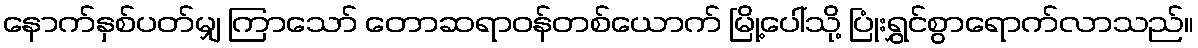
နောက်နှစ်ပတ်မျှ ကြာသော် တောဆရာဝန်တစ်ယောက် မြို့ပေါ်သို့ ပြုံးရွှင်စွာရောက်လာသည်။